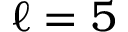
\ell = 5